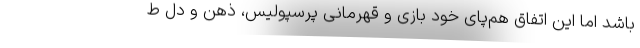
باشد اما این اتفاق هم‌پای خود بازی و قهرمانی پرسپولیس، ذهن و دل ط